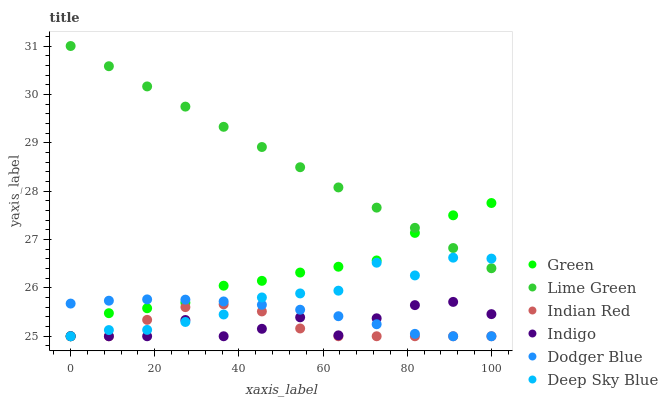
| xaxis_label | Green | Lime Green | Indian Red | Indigo | Dodger Blue | Deep Sky Blue |
 | --- | --- | --- | --- | --- | --- | --- |
 | 0 | 25 | 31 | 25 | 25 | 25.7 | 25 |
 | 9.09 | 25.5 | 30.6 | 25 | 25 | 25.7 | 25.1 |
 | 18.2 | 25.6 | 30.2 | 25.3 | 25 | 25.8 | 25.1 |
 | 27.3 | 25.7 | 29.7 | 25.6 | 25.3 | 25.8 | 25.3 |
 | 36.4 | 26 | 29.3 | 25.7 | 25 | 25.7 | 25.4 |
 | 45.5 | 26.1 | 28.9 | 25.5 | 25.2 | 25.7 | 25.8 |
 | 54.5 | 26.3 | 28.5 | 25.2 | 25.4 | 25.5 | 25.9 |
 | 63.6 | 26.4 | 28.1 | 25 | 25 | 25.4 | 25.9 |
 | 72.7 | 26.6 | 27.7 | 25 | 25.4 | 25.2 | 26.5 |
 | 81.8 | 27.1 | 27.2 | 25 | 25.6 | 25 | 26.3 |
 | 90.9 | 27.5 | 26.8 | 25 | 25.7 | 25 | 26.6 |
 | 100 | 27.8 | 26.4 | 25 | 25.5 | 25 | 26.6 |